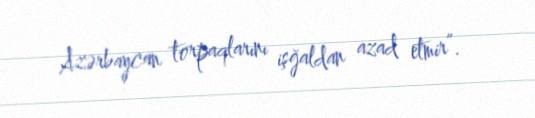
Azərbaycan torpaqlarını işğaldan azad etmir”.